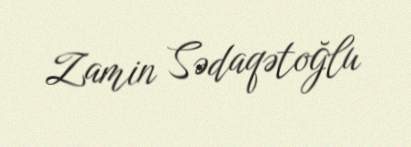
Zamin Sədaqətoğlu